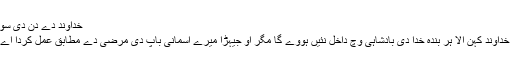
خُداوند دے دِن دی سویر، 7 جولائی، 2019
’’مینوں اے خُداوند، اے خُداوند کہن آلا ہر بندہ خُدا دی بادشاہی وِچ داخل نئیں ہووے گا مگر اُو جیہڑا میرے آسمانی باپ دی مرضی دے مطابق عمل کردا اے ضرور داخل ہووے گا۔